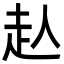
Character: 龪